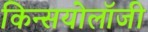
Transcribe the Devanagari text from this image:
किन्सयोलॉजी